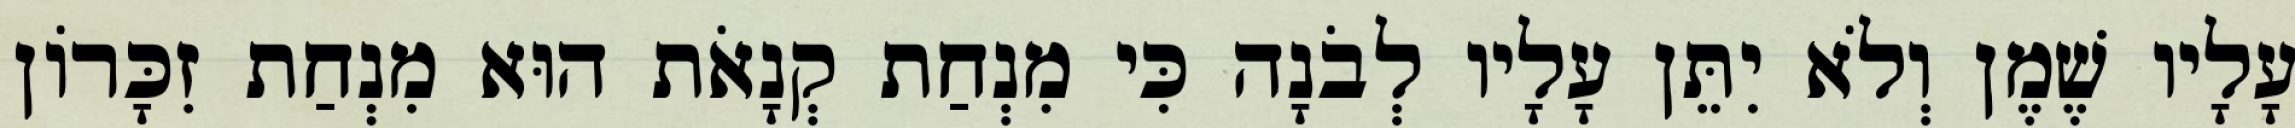
עָלָיו שֶׁמֶן וְלֹא יִתֵּן עָלָיו לְבֹנָה כִּי מִנְחַת קְנָאֹת הוּא מִנְחַת זִכָּרוֹן